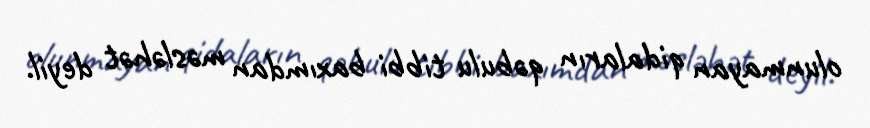
olunmayan qidaların qəbulu tibbi baxımdan məsləhət deyil.